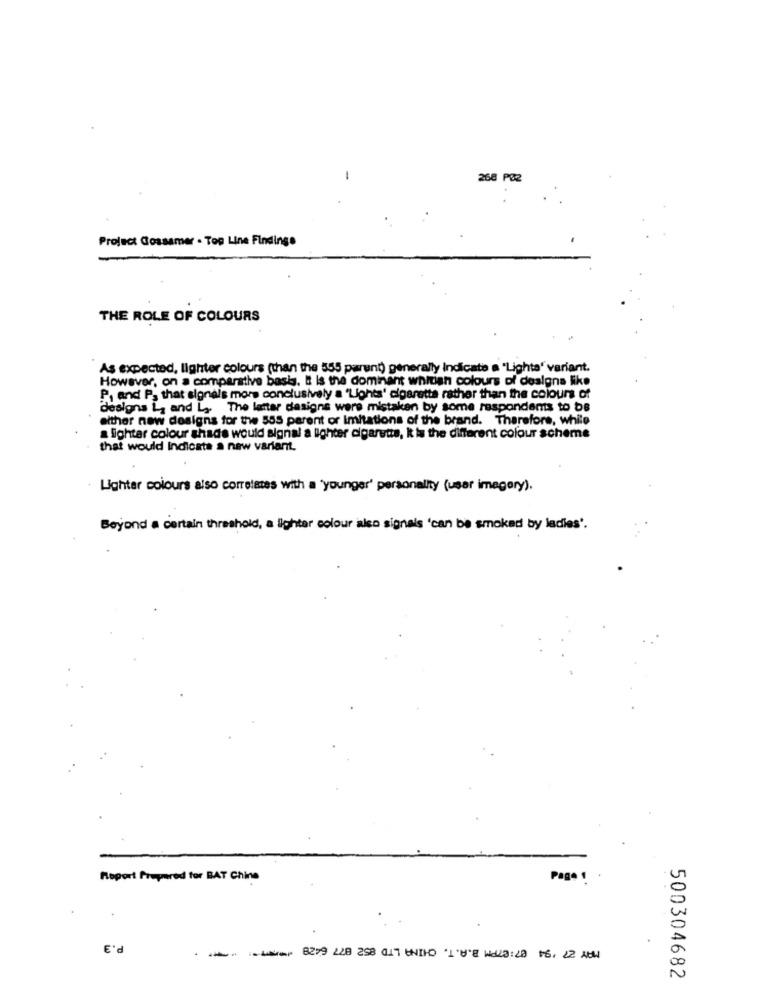
-
268 P82
Project Gossamer - Top Line Findings
THE ROLE OF COLOURS
As expected, lighter colours (than the 555 parent) generally indicate a "Lighta' variant.
However, on a comparative basis. E is the dominant whitian colours of designa like
P, and P. that signals more conclusively a 'Lights' cigarette rather than the colours of
designs L and L ,. The latter dasigns were mistaken by some respondents to be
either new designs for the 555 parent or Imitations of the brand. Therefore, while
a lighter colour shade would signal a lighter cigarette, k is the different colour scheme
that would Indicate a new variant.
Lighter colours also corretates with a 'younger' personality (usar imagery).
Beyond a certain threshold, a lighter colour also signals 'can be smoked by ladies'.
Report Prepared for BAT Chine
Page 1
P.3
500304682